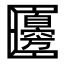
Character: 𠥫